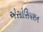
એસોસિયશન